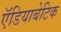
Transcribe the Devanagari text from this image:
ऍडियाबेटिक